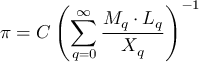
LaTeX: \pi = C \left( \sum _ { q = 0 } ^ { \infty } { \frac { M _ { q } \cdot L _ { q } } { X _ { q } } } \right) ^ { - 1 }